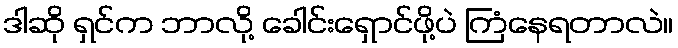
ဒါဆို ရှင်က ဘာလို့ ခေါင်းရှောင်ဖို့ပဲ ကြံနေရတာလဲ။